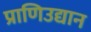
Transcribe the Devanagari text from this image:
प्राणिउद्यान